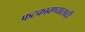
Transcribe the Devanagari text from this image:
फटकावण्यासाठी